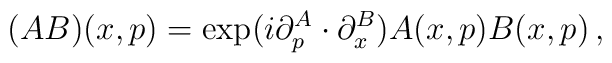
(AB)(x,p) =\exp(i\partial_p^A\cdot\partial_x^B)A(x,p)B(x,p)\,,